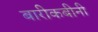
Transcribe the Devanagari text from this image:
बारीकबीनी